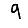
Digit: 9